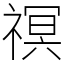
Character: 䄙